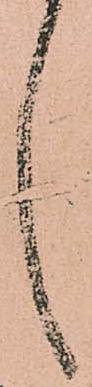
言